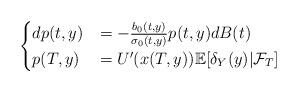
LaTeX: \begin{align*}\begin{cases}dp(t,y) &= - \frac{b_0(t,y)}{\sigma_0(t,y)} p(t,y) dB(t)\\p(T,y)&= U'(x(T,y))\mathbb{E}[\delta_Y(y)|\mathcal{F}_T]\end{cases}\end{align*}